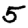
Digit: 5